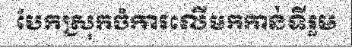
បែកស្រុកចំការលើមកកាន់ទីរួម